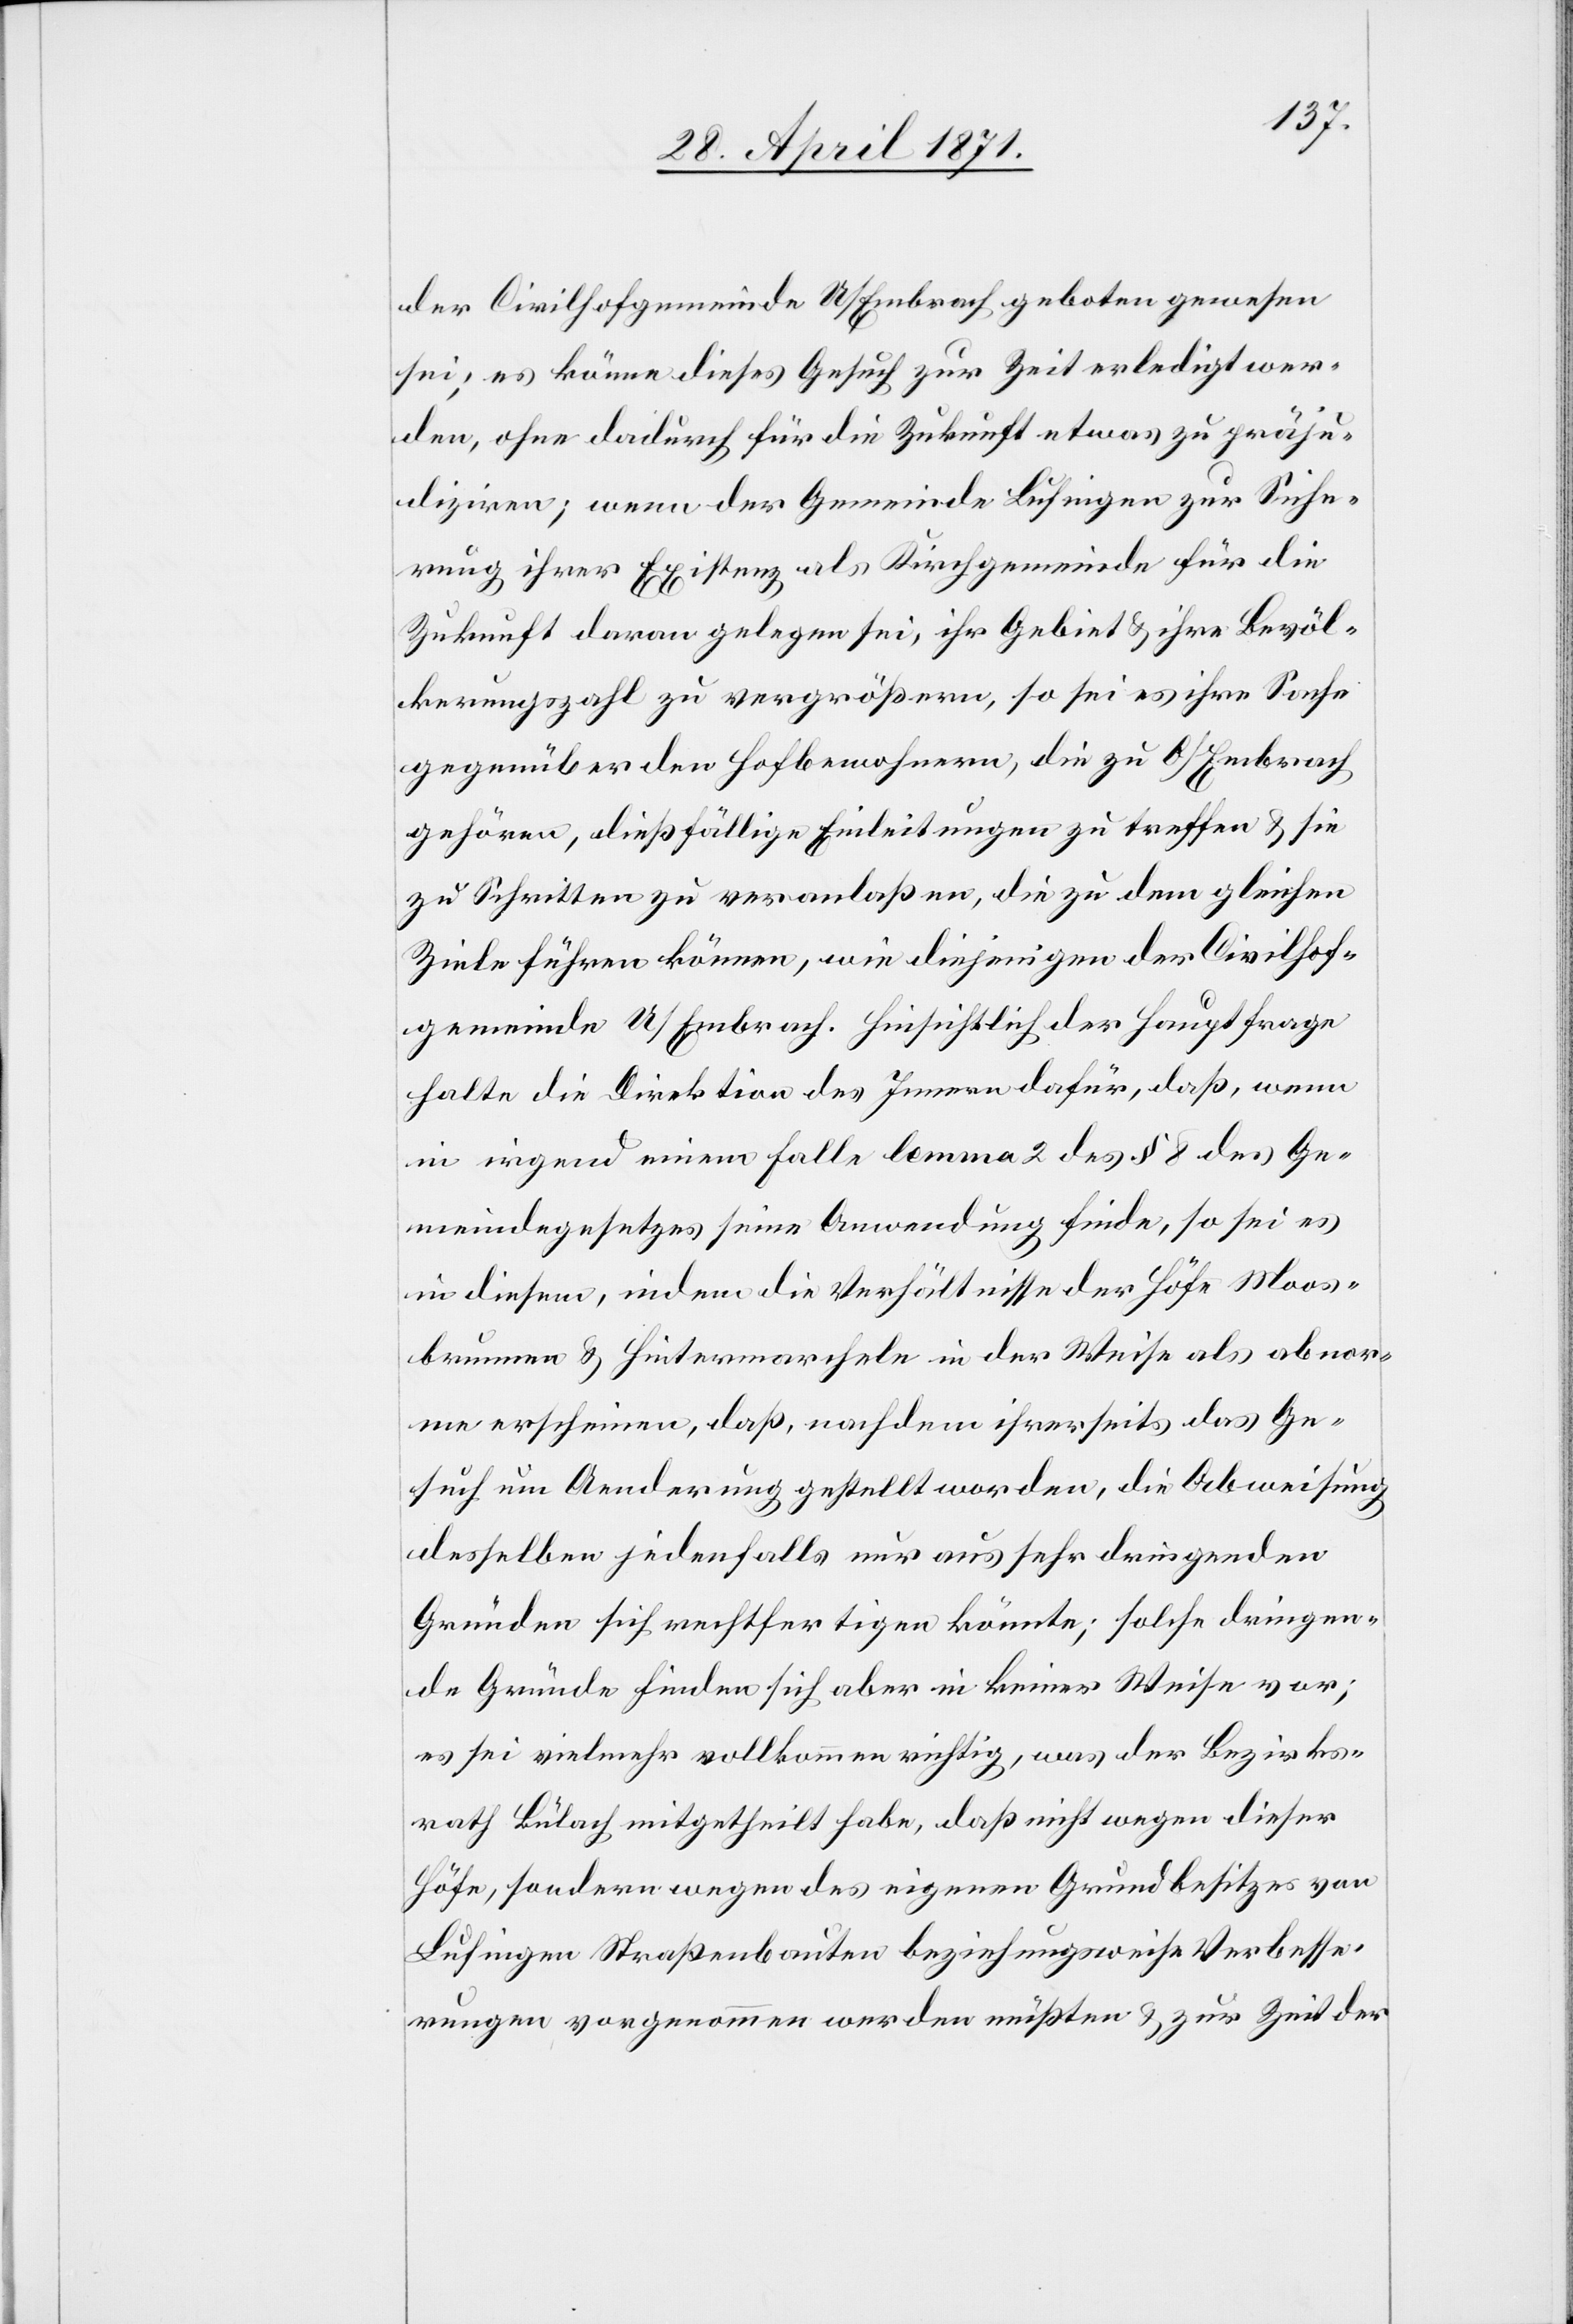
der Civilgemeinde U/Embrach geboten gewesen
sei; es könne dieses Gesuch zur Zeit erledigt wer¬
den, ohne dadurch für die Zukunft etwas zu präju¬
diziren, wenn der Gemeinde Lufingen zur Siche¬
rung ihrer Existenz als Kirchgemeinde für die
Zukunft daran gelegen sei, ihr Gebiet u. ihre Bevöl¬
kerungszahl zu vergrößern, so sei es ihre Sache
gegenüber den Hofbewohnern, die zu O/Embrach
gehören, dießfällige Einleitungen zu treffen u. sie
zu Schritten zu veranlaßen, die zu dem gleichen
Ziele führen können, wie diejenigen der Civilhof¬
gemeinde U/Embrach. Hinsichtlich der Hauptfrage
halte die Direktion des Innern dafür, daß, wenn
in irgend einem Falle lemma 2 des § 8 des Ge¬
meindegesetzes seine Anwendung finde, so sei es
in diesem, indem die Verhältnisse der Höfe Moos¬
brunnen u. Hintermarcheln in der Weise als abnor¬
me erscheinen, daß, nachdem ihrerseits das Ge¬
such um Aenderung gestellt worden, die Abweisung
desselben jedenfalls nur aus sehr dringenden
Gründen sich rechtfertigen könnte; solche dringen¬
de Gründe finden sich aber in keiner Weise vor;
es sei vielmehr vollkommen richtig, was der Bezirks¬
rath Bülach mitgetheilt habe, daß nicht wegen dieser
Höfe, sondern wegen des eigenen Grundbesitzes von
Lufingen Straßenbauten beziehungsweise Verbesse¬
rungen vorgenommen werden müßten u. zur Zeit der